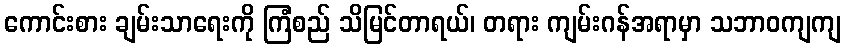
ကောင်းစား ချမ်းသာရေးကို ကြံစည် သိမြင်တာရယ်၊ တရား ကျမ်းဂန်အရာမှာ သဘာဝကျကျ